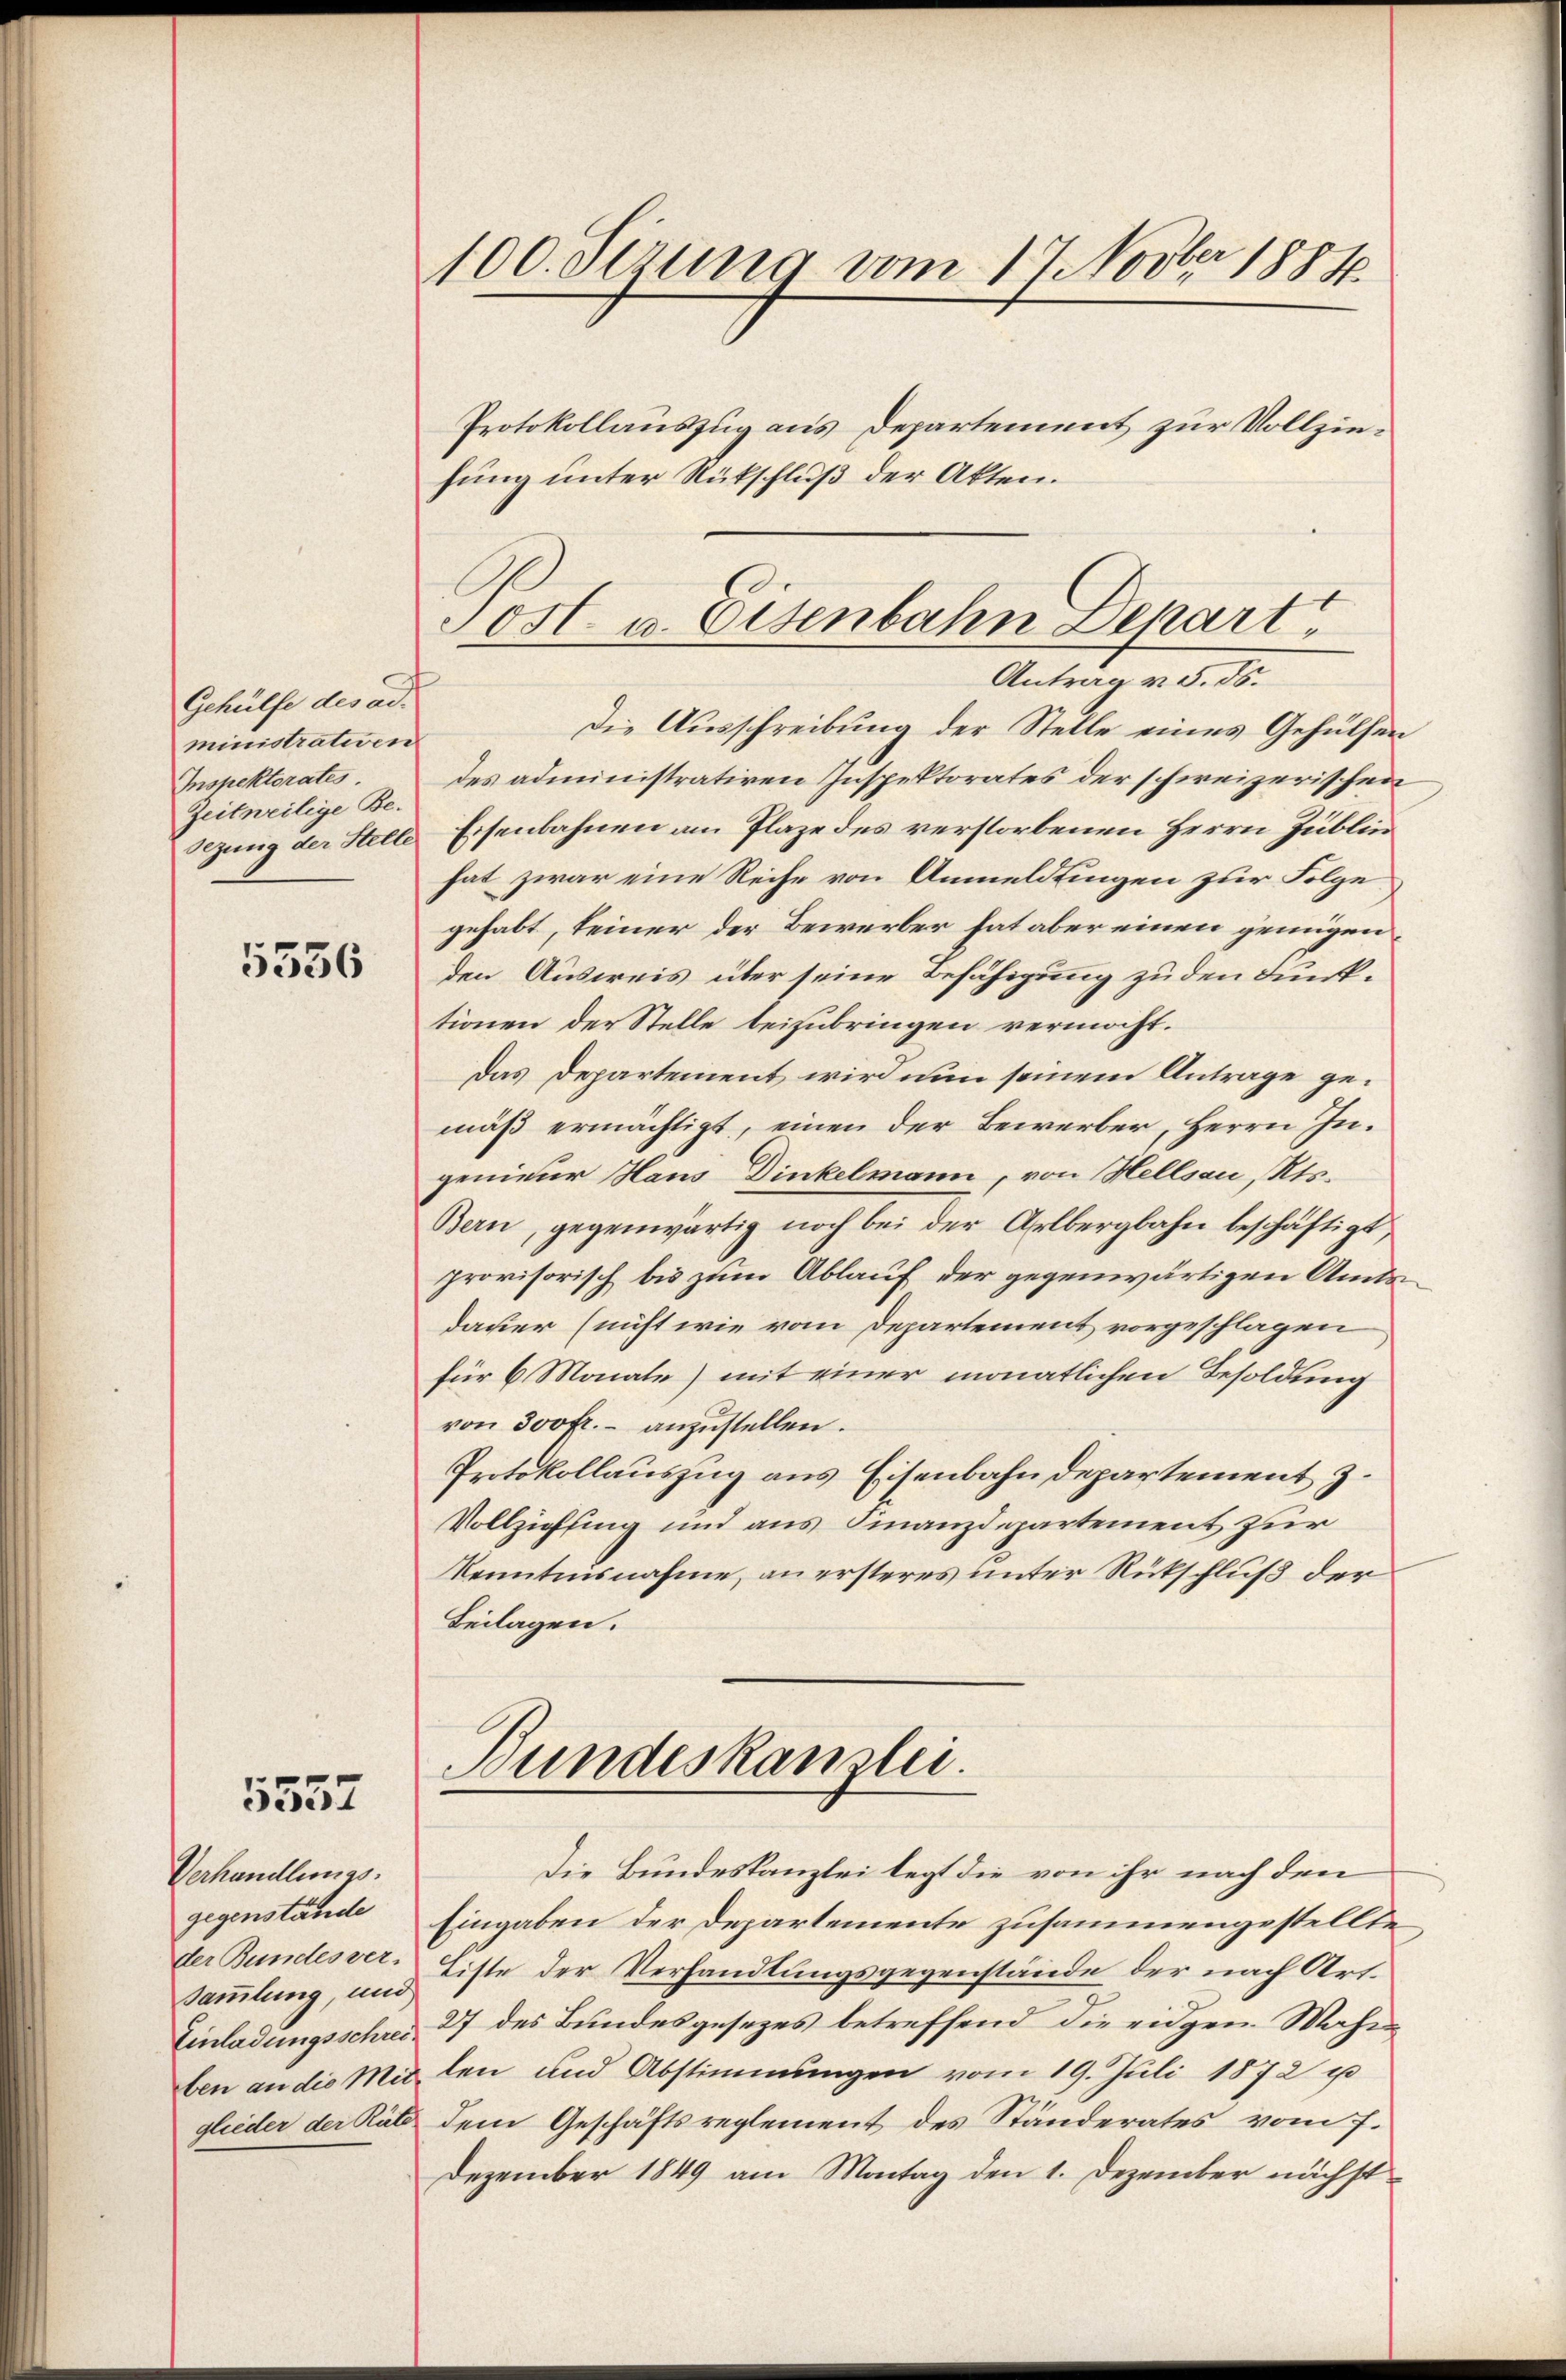
Gehülfe des ad-
ministrativen
Inspektorates.
Zeitweilige Be-
sezung der Stelle

5536

5557

Verhandlungsgegenstände
Sammlung, und

100. Sirung vom 17. Novber 1884.

Protokollauszug aus Departement zur Vollziefung unter Rükschluß der Akten.
Jost- u. Eisenbahn Depart

Die Ausschreibung der Stelle eines Gehülfen
des administrativen Inspektorates der schweizerischen
Eisenbahnen am Plaze des verstorbenen Herrn Zublin
hat zwar eine Reihe von Anmeldlingen zur Folge
gehabt, keiner der Bewerber hat aber einen genügenden Ausweis über seine Befähigung zu den dunktionen der Stelle beizubringen vermocht.
Das Departement wird nun seinem Antrage gemäß ermächtigt, einen der Bewerber, Herrn Ingenieur Haus Dinkelmann, von Hellsau, Kts.
Bern, gegenwärtig noch bei der Arlbergbahn beschäftigt,
provisorisch bis zum Ablauf der gegenwärtigen Amts
dauer (nicht wie vom Departement vorgeschlagen
für 6 Monate) mit einer monatlichen Besoldung
von 300 fr. anzustellen.
Protokollauszug aus Eisenbahndepartement z.
Vollziehung und aus Finanzdepartement zur
Kenntnisnahme, an ersteres unter Rückschluß der
Beilagen.

Antrag v. 5. ds.

Bundeskanzlei.

Die Bundeskanzlei legt die von ihr nach den
Eingaben der Departemente zusammengestellte
der Bundesver- Eiste der Verhandlungsgegenstände der nach Art.
Einladungsschrei 27 des Bundesgesezes betreffend die eidgen Wahnben an die Mitten und Abstimmungen vom 19. Juli 1872 u
glieder der Räte dem Geschäftsreglement des Ständerates vom 7.
Dezember 1849 am Montag den 1. Dezember nächst¬